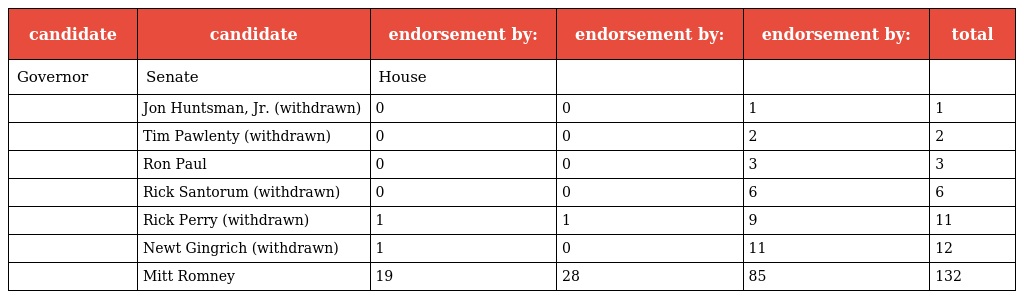
| candidate | candidate | endorsement by: | endorsement by: | endorsement by: | total |
 | --- | --- | --- | --- | --- | --- |
 | Governor | Senate | House |  |  |  |
 |  | Jon Huntsman, Jr. (withdrawn) | 0 | 0 | 1 | 1 |
 |  | Tim Pawlenty (withdrawn) | 0 | 0 | 2 | 2 |
 |  | Ron Paul | 0 | 0 | 3 | 3 |
 |  | Rick Santorum (withdrawn) | 0 | 0 | 6 | 6 |
 |  | Rick Perry (withdrawn) | 1 | 1 | 9 | 11 |
 |  | Newt Gingrich (withdrawn) | 1 | 0 | 11 | 12 |
 |  | Mitt Romney | 19 | 28 | 85 | 132 |